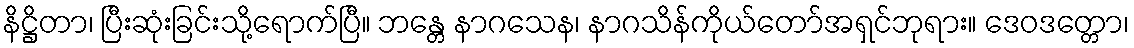
နိဋ္ဌိတာ၊ ပြီးဆုံးခြင်းသို့ရောက်ပြီ။ ဘန္တေ နာဂသေန၊ နာဂသိန်ကိုယ်တော်အရှင်ဘုရား။ ဒေဝဒတ္တော၊